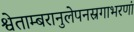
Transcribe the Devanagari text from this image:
श्वेताम्बरानुलेपनस्रगाभरणां